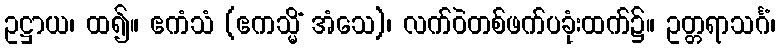
ဥဋ္ဌာယ၊ ထ၍။ ဧကံသံ (ဧကသ္မိံ အံသေ)၊ လက်ဝဲတစ်ဖက်ပခုံးထက်၌။ ဥတ္တရာသင်္ဂံ၊